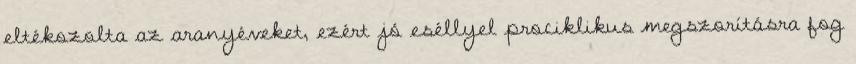
eltékozolta az aranyéveket, ezért jó eséllyel prociklikus megszorításra fog